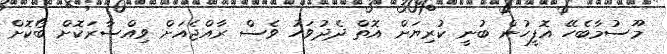
މޫސުމާބެހޭ އޮފީހުން ބުނީ ކުރިޔަށް އޮތް ދެދުވަހު ވެސް ރާއްޖެއަށް ވިއްސާރަކޮށް ބޯކޮށް